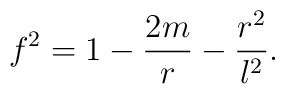
f^{2}=1-\frac{2m}{r}-\frac{r^{2}}{l^{2}}.